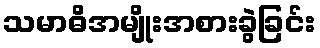
သမာဓိအမျိုးအစားခွဲခြင်း